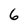
Character: 6